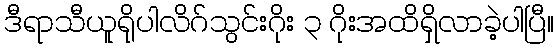
ဒီရာသီယူရိုပါလိဂ်သွင်းဂိုး ၃ ဂိုးအထိရှိလာခဲ့ပါပြီ။